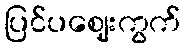
ပြင်ပဈေးကွက်